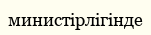
министірлігінде